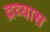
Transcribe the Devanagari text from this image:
द्रव्यास